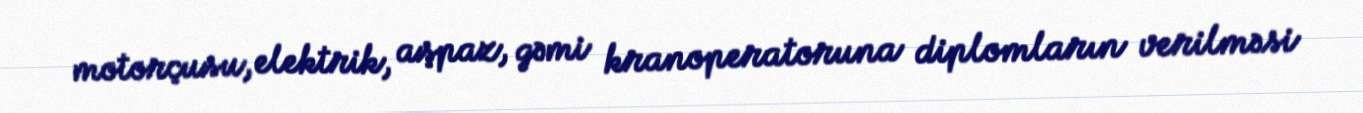
motorçusu, elektrik, aşpaz, gəmi kranoperatoruna diplomların verilməsi